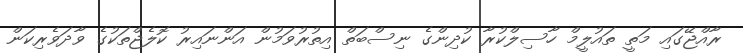
ރާއްޖޭގައި މަތީ ތައުލީމް ހާސިލްކުރާ ކުދިންގެ ނިސްބަތް އިތުރުވަމުން އަންނައިރު ކޮލެޖްތަކުގެ ވާދަވެރިކަން